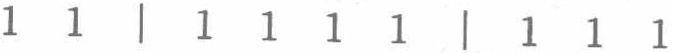
$11|1111|111$